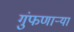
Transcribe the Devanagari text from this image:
गुंफणार्‍या